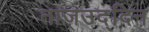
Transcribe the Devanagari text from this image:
ताजउद्दिन